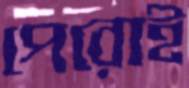
পেরোই